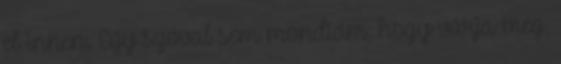
el innen. Egy szóval sem mondtam, hogy várja meg,